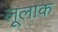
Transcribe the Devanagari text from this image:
लूलाक